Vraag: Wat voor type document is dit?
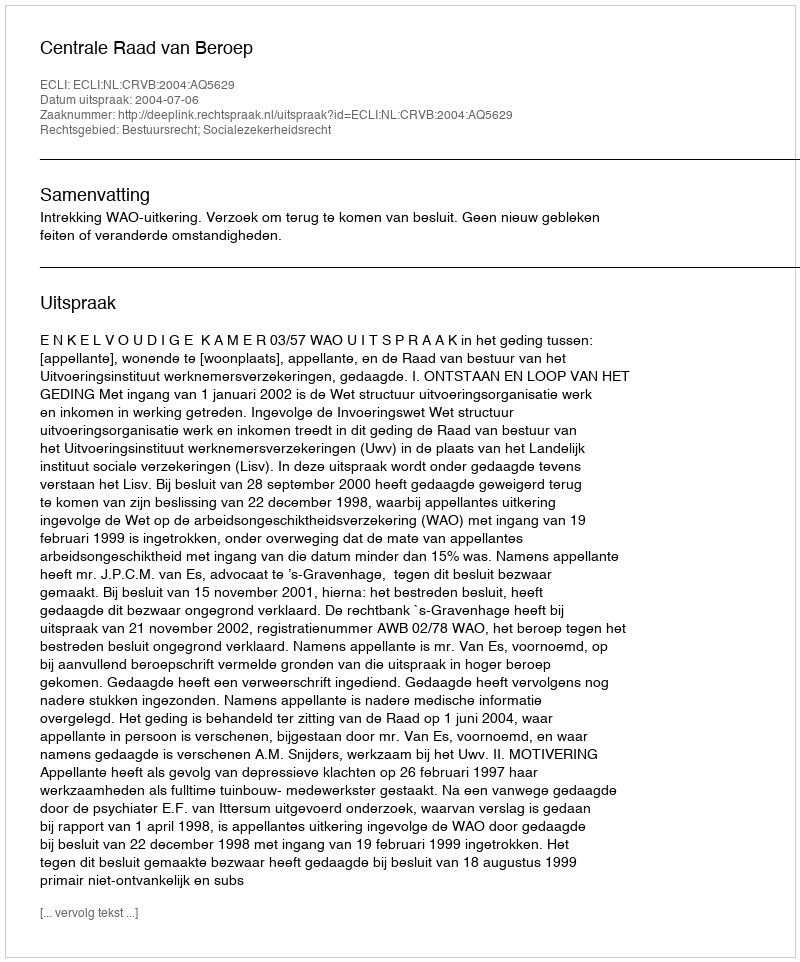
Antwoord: Uitspraak